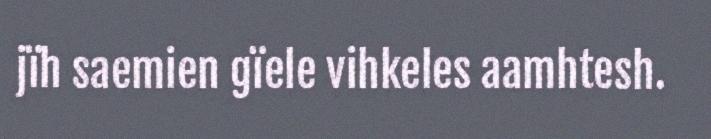
jïh saemien gïele vihkeles aamhtesh.